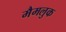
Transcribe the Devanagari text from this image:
मैमलुक